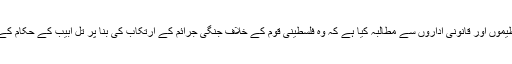
اس مرکز نے فلسطین کی خودمختار انتظامیہ سے وابستہ تنظیموں اور قانونی اداروں سے مطالبہ کیا ہے کہ وہ فلسطینی قوم کے خلاف جنگی جرائم کے ارتکاب کی بنا پر تل ابیب کے حکام کے خلاف قانونی کارروائی اور انھیں سزا دلانے کا اقدام کریں۔